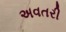
અવતરી